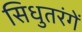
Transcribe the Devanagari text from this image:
सिधुतरंगें